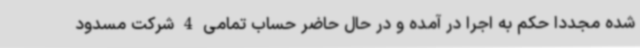
شده مجدداً حکم به اجرا در آمده و در حال حاضر حساب تمامی 4 شرکت مسدود